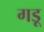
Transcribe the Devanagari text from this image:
गडू